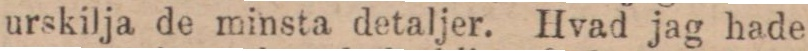
urskilja de minsta detaljer. Hvad jag hade